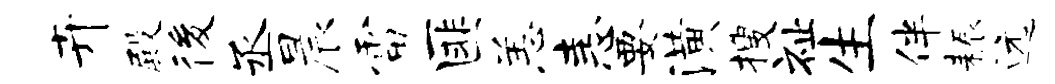
卉殿後丞晨雷匪恙恚要潢搜祉生伴耨远